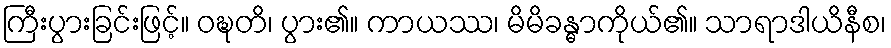
ကြီးပွားခြင်းဖြင့်။ ဝဍ္ဎတိ၊ ပွား၏။ ကာယဿ၊ မိမိခန္ဓာကိုယ်၏။ သာရာဒါယိနီစ၊